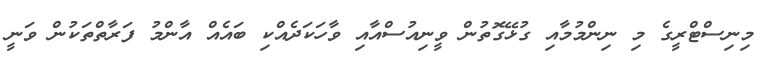
މިނިސްޓްރީގެ މި ނިންމުމާއި ގުޅޭގޮތުން ވީނިއުސްއާއި ވާހަަކަދެެއްކި ބައެއް އާންމު ފަރާތްތަކުން ވަނީ